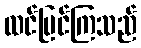
ထင်မြင်ကြသည်